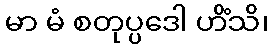
မာ မံ စတုပ္ပဒေါ ဟိံသိ၊